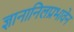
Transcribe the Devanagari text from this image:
ज्ञानानिलप्रभावेन